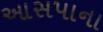
આસપાના